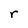
Character: r